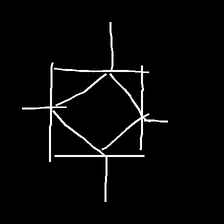
Glyph: light